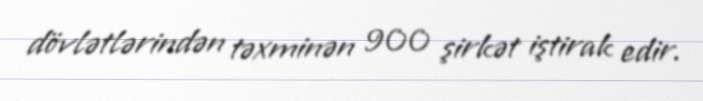
dövlətlərindən təxminən 900 şirkət iştirak edir.